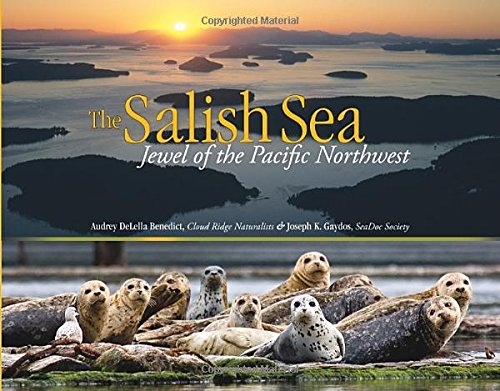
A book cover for The Salish Sea: Jewel of the Pacific Northwest; Audrey DeLella Benedict; Science & Math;